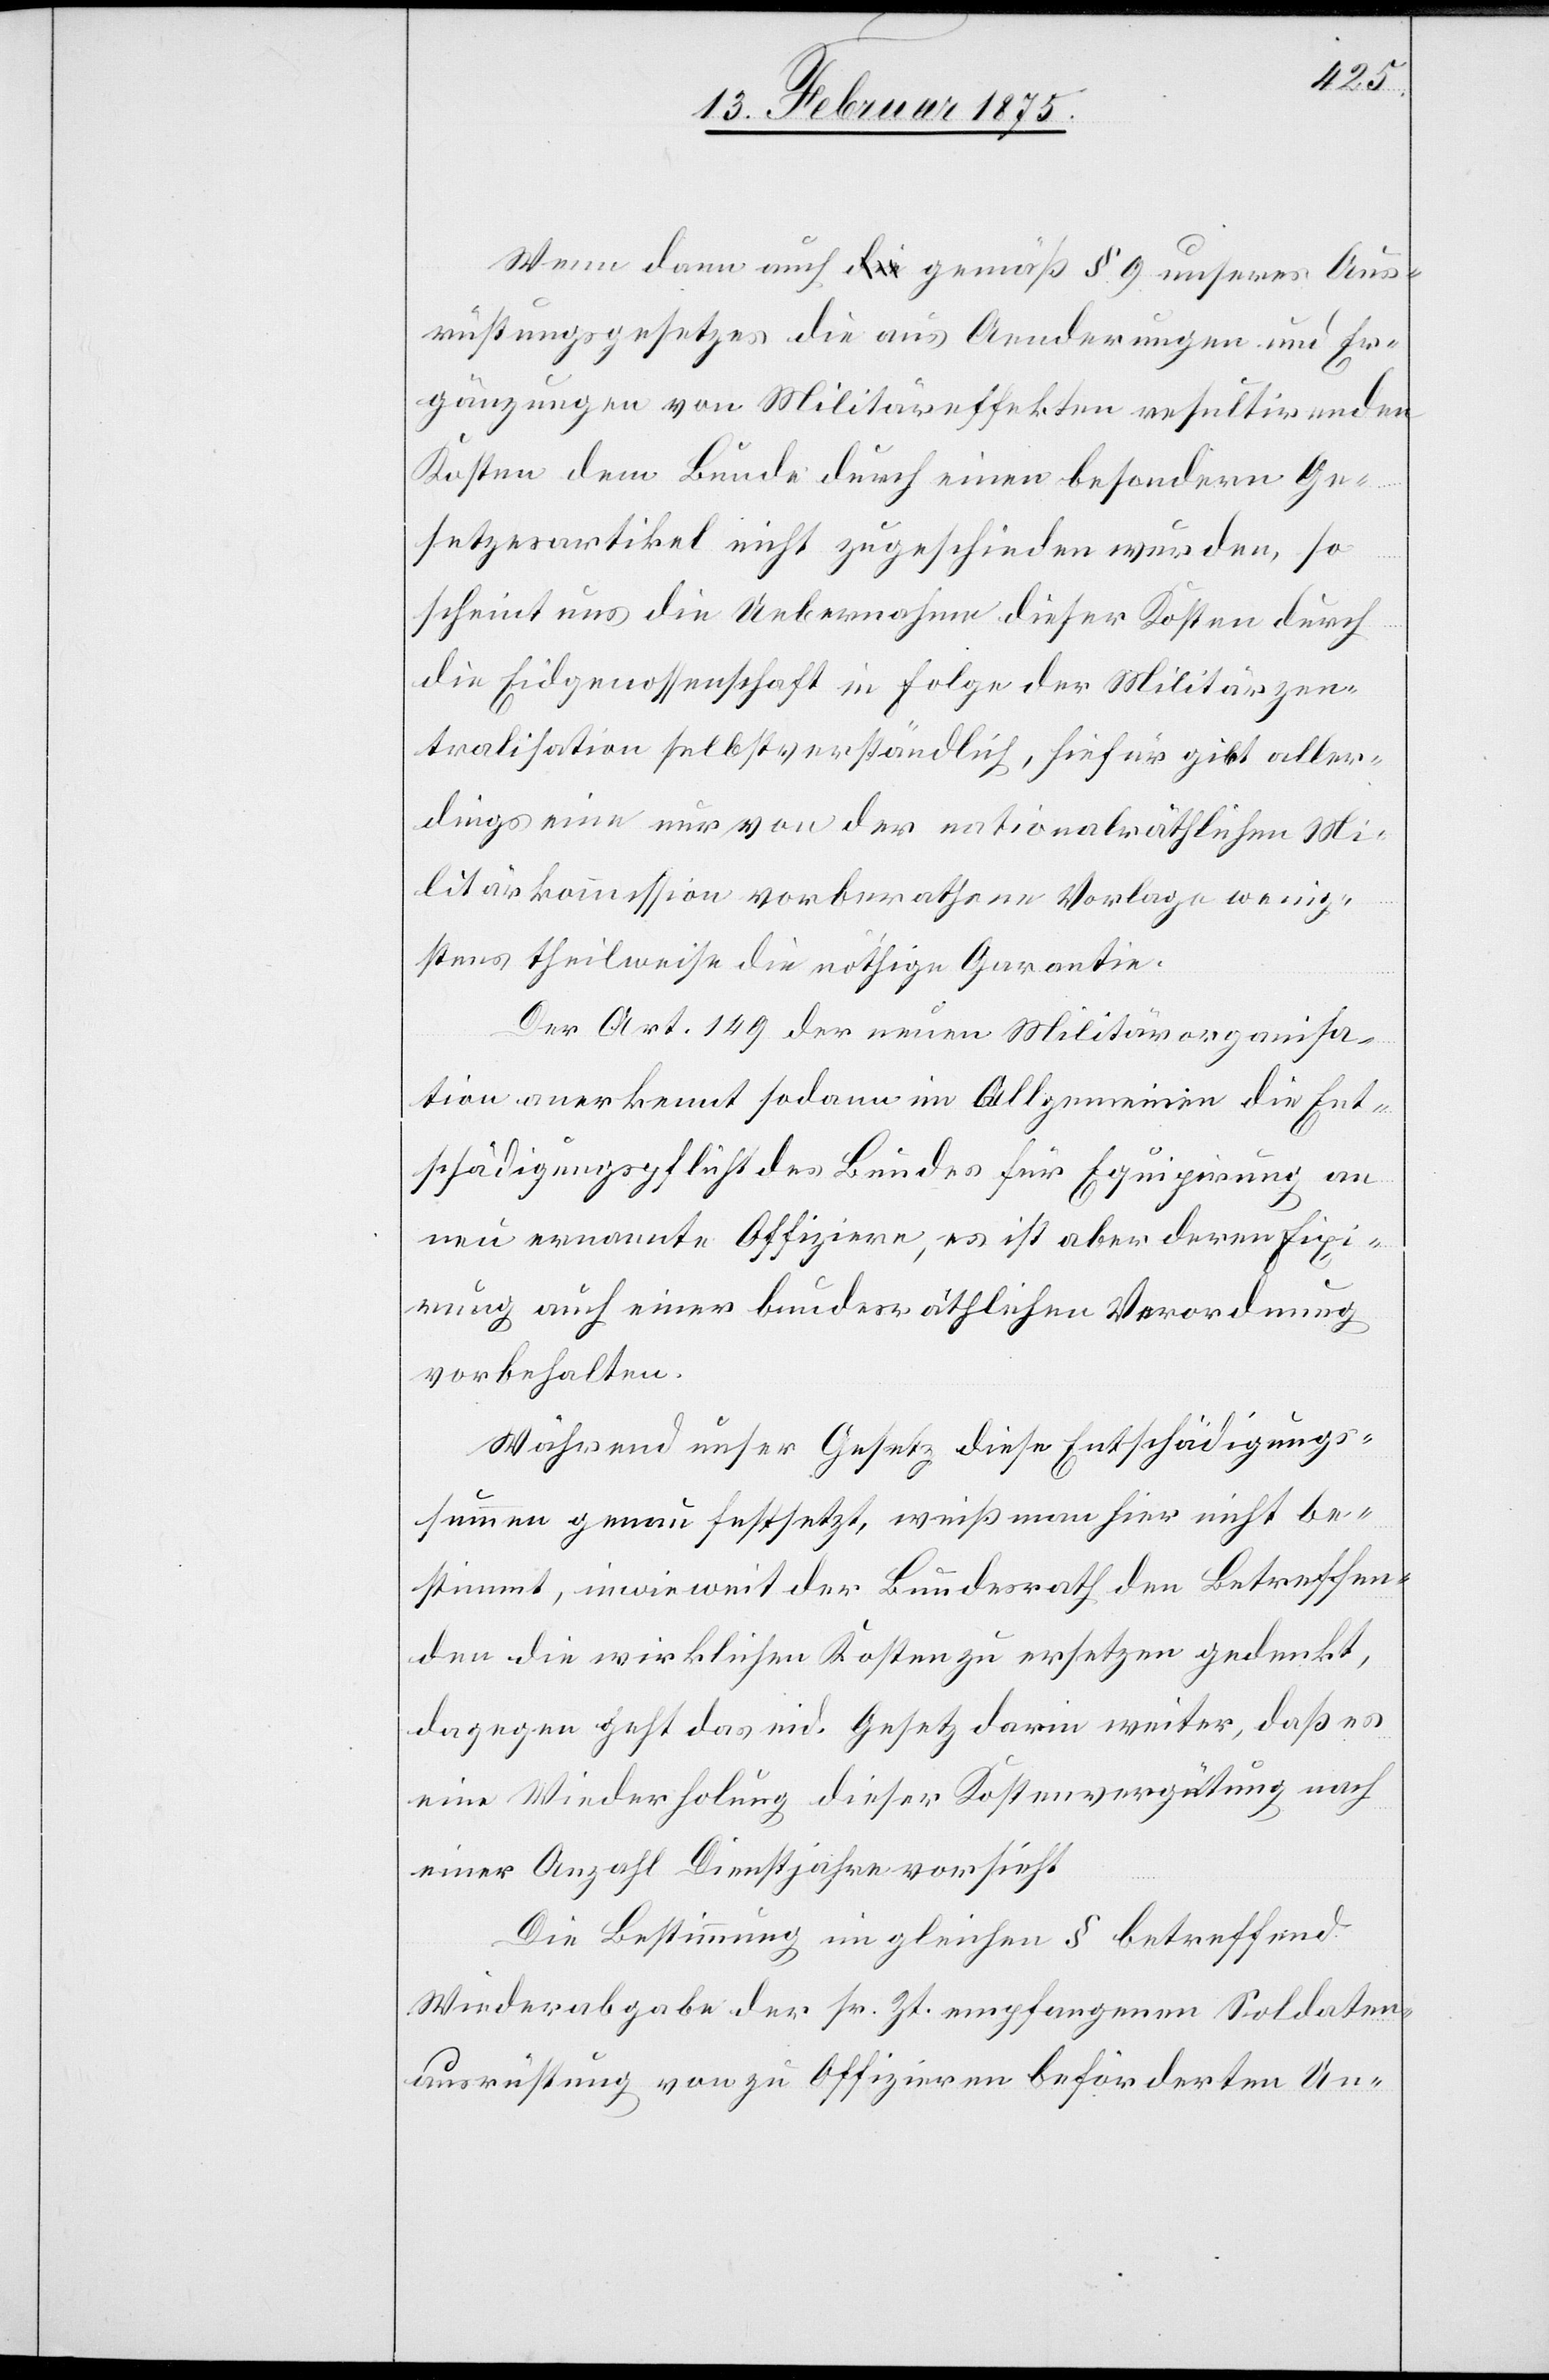
Wenn dann auch gemäß § 9 unseres Aus¬
rüstungsgesetzes die aus Aenderungen und Er¬
gänzungen von Militäreffekten resultirenden
Kosten dem Bunde durch einen besondern Ge¬
setzesartikel nicht zugeschieden wurden, so
scheint uns die Uebernahme dieser Kosten durch
die Eidgenossenschaft in Folge der Militärzen¬
tralisation selbstverständlich, hieher gibt aller¬
dings eine nur von der nationalräthlichen Mi¬
litärkommission vorberathene Vorlage wenig¬
stens theilweise die nöthige Garantie.
Der Art. 149 der neuen Militärorganisa¬
tion anerkennt sodann im Allgemeinen die Ent¬
schädigungspflicht des Bundes für Equipirung an
neu ernannte Offiziere, es ist aber deren Fixi¬
rung auch einer bundesräthlichen Verordnung
vorbehalten.
Während unser Gesetz diese Entschädigungs¬
summen genau festsetzt, weiß man hier nicht be¬
stimmt, inwieweit der Bundesrath den Betreffen¬
den die wirklichen Kosten zu ersetzen gedenkt,
dagegen geht das eid. Gesetz darin weiter, daß es
eine Wiederholung dieser Kostenvergütung nach
einer Anzahl Dienstjahre vorsieht.
Die Bestimmung im gleichen § betreffend
Wiederabgabe der sr. Zt. empfangenen Soldaten¬
ausrüstung von zu Offizieren beförderten Un-